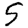
Digit: 5